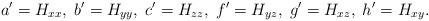
LaTeX: \begin{align*}a' = H_{xx},\; b' = H_{yy},\; c' = H_{zz},\; f' = H_{yz},\; g' = H_{xz},\; h' = H_{xy}. \end{align*}